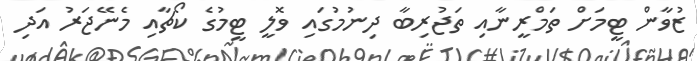
ޒުވާން ޓީމަށް ތަމްރީނާއި ތަޖުރިބާ ދިނުމުގައި ވޮލީ ޓީމުގެ ކޯޗާއި މެނޭޖަރު އަދި